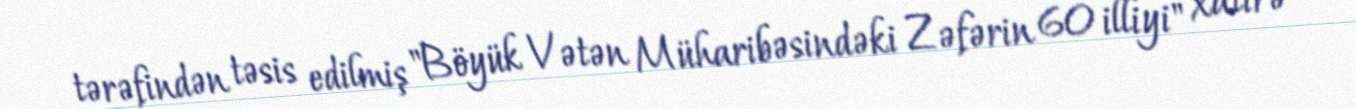
tərəfindən təsis edilmiş "Böyük Vətən Müharibəsindəki Zəfərin 60 illiyi" xatirə